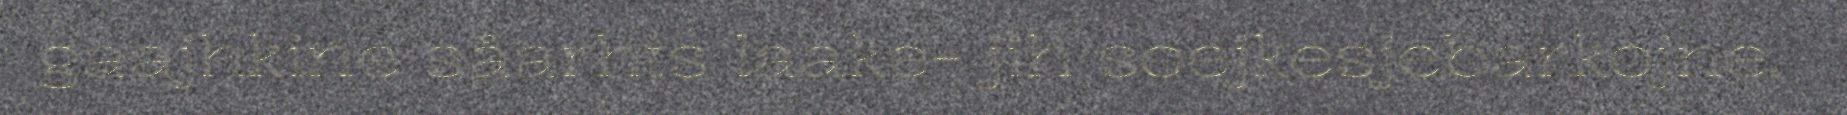
gaajhkine såarhts laake- jih soejkesjebarkojne.